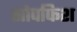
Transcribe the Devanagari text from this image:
सोपफिश